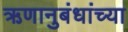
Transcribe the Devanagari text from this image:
ऋणानुबंधांच्या